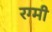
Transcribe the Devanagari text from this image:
रग्मी